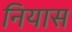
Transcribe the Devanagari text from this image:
नियास